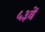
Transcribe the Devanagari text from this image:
५३वें